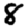
Digit: 8